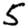
Digit: 5